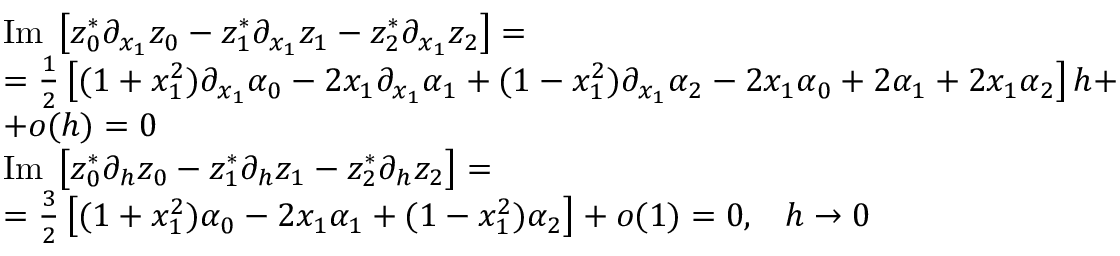
\begin{array} { l } { { \mathrm { I m } \; \left[ z _ { 0 } ^ { * } \partial _ { x _ { 1 } } z _ { 0 } - z _ { 1 } ^ { * } \partial _ { x _ { 1 } } z _ { 1 } - z _ { 2 } ^ { * } \partial _ { x _ { 1 } } z _ { 2 } \right] = } } \\ { { = { \frac { 1 } { 2 } } \left[ ( 1 + x _ { 1 } ^ { 2 } ) \partial _ { x _ { 1 } } \alpha _ { 0 } - 2 x _ { 1 } \partial _ { x _ { 1 } } \alpha _ { 1 } + ( 1 - x _ { 1 } ^ { 2 } ) \partial _ { x _ { 1 } } \alpha _ { 2 } - 2 x _ { 1 } \alpha _ { 0 } + 2 \alpha _ { 1 } + 2 x _ { 1 } \alpha _ { 2 } \right] h + } } \\ { { + o ( h ) = 0 } } \\ { { \mathrm { I m } \; \left[ z _ { 0 } ^ { * } \partial _ { h } z _ { 0 } - z _ { 1 } ^ { * } \partial _ { h } z _ { 1 } - z _ { 2 } ^ { * } \partial _ { h } z _ { 2 } \right] = } } \\ { { = { \frac { 3 } { 2 } } \left[ ( 1 + x _ { 1 } ^ { 2 } ) \alpha _ { 0 } - 2 x _ { 1 } \alpha _ { 1 } + ( 1 - x _ { 1 } ^ { 2 } ) \alpha _ { 2 } \right] + o ( 1 ) = 0 , \; \; \; h \to 0 } } \end{array}